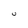
Character: U